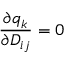
\frac { \partial q _ { k } } { \partial D _ { i j } } = 0